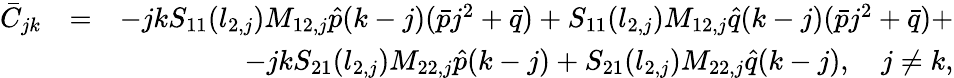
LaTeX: \begin{array}{rlr}{\bar{C}_{jk}}&{=}&{-jkS_{11}(l_{2,j})M_{12,j}\hat{p}(k-j)(\bar{p}j^{2}+\bar{q})+S_{11}(l_{2,j})M_{12,j}\hat{q}(k-j)(\bar{p}j^{2}+\bar{q})+}\\ &{}&{-jkS_{21}(l_{2,j})M_{22,j}\hat{p}(k-j)+S_{21}(l_{2,j})M_{22,j}\hat{q}(k-j),\quad j\neq k,}\end{array}